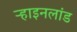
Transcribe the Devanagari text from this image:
ऱ्हाइनलांड